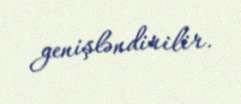
genişləndirilir.